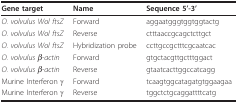
<table><thead><tr><td><b>Gene target</b></td><td><b>Name</b></td><td><b>Sequence 5&#x27;-3&#x27;</b></td></tr></thead><tbody><tr><td><i>O. volvulus Wol ftsZ</i></td><td>Forward</td><td>aggaatgggtggtggtactg</td></tr><tr><td><i>O. volvulus Wol ftsZ</i></td><td>Reverse</td><td>ctttaaccgcagctcttgct</td></tr><tr><td><i>O. volvulus Wol ftsZ</i></td><td>Hybridization probe</td><td>ccttgccgctttcgcaatcac</td></tr><tr><td><i>O. volvulus β-actin</i></td><td>Forward</td><td>gtgctacgttgctttggact</td></tr><tr><td><i>O. volvulus β-actin</i></td><td>Reverse</td><td>gtaatcacttggccatcagg</td></tr><tr><td>Murine Interferon γ</td><td>Forward</td><td>tcaagtggcatagatgtggaagaa</td></tr><tr><td>Murine Interferon γ</td><td>Reverse</td><td>tggctctgcaggattttcatg</td></tr></tbody></table>